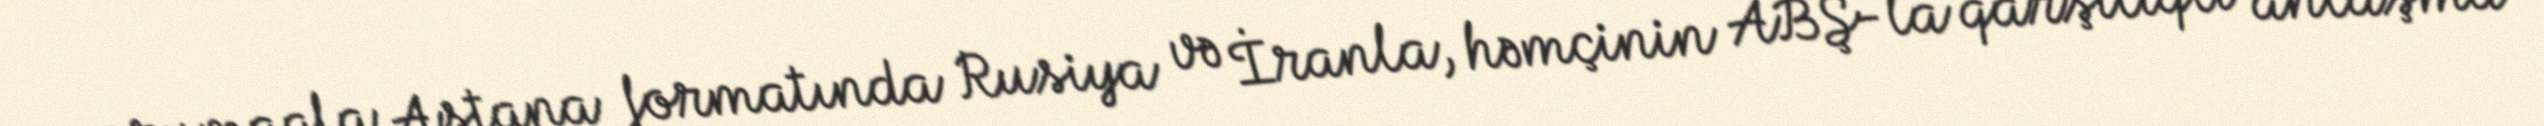
qorumaqla Astana formatında Rusiya və İranla, həmçinin ABŞ-la qarşılıqlı anlaşma